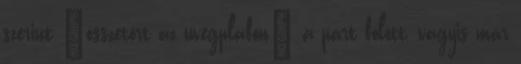
szerint „összetört az üvegplafon” a párt fölött, vagyis már